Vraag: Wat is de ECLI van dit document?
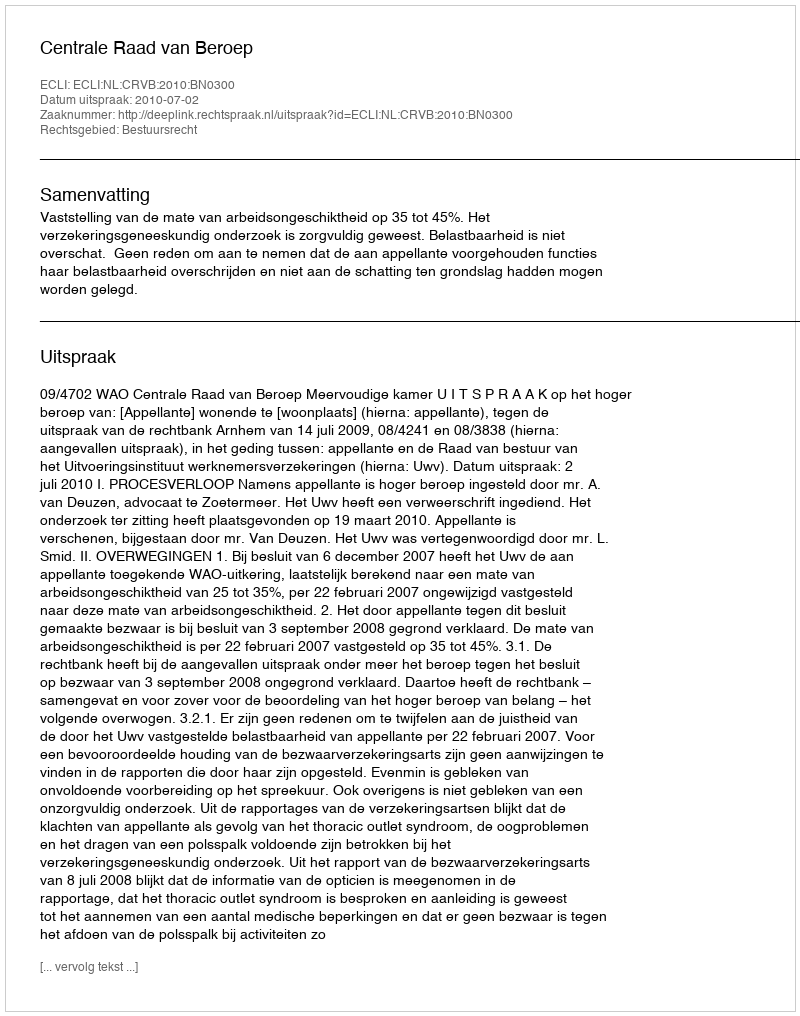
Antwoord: ECLI:NL:CRVB:2010:BN0300